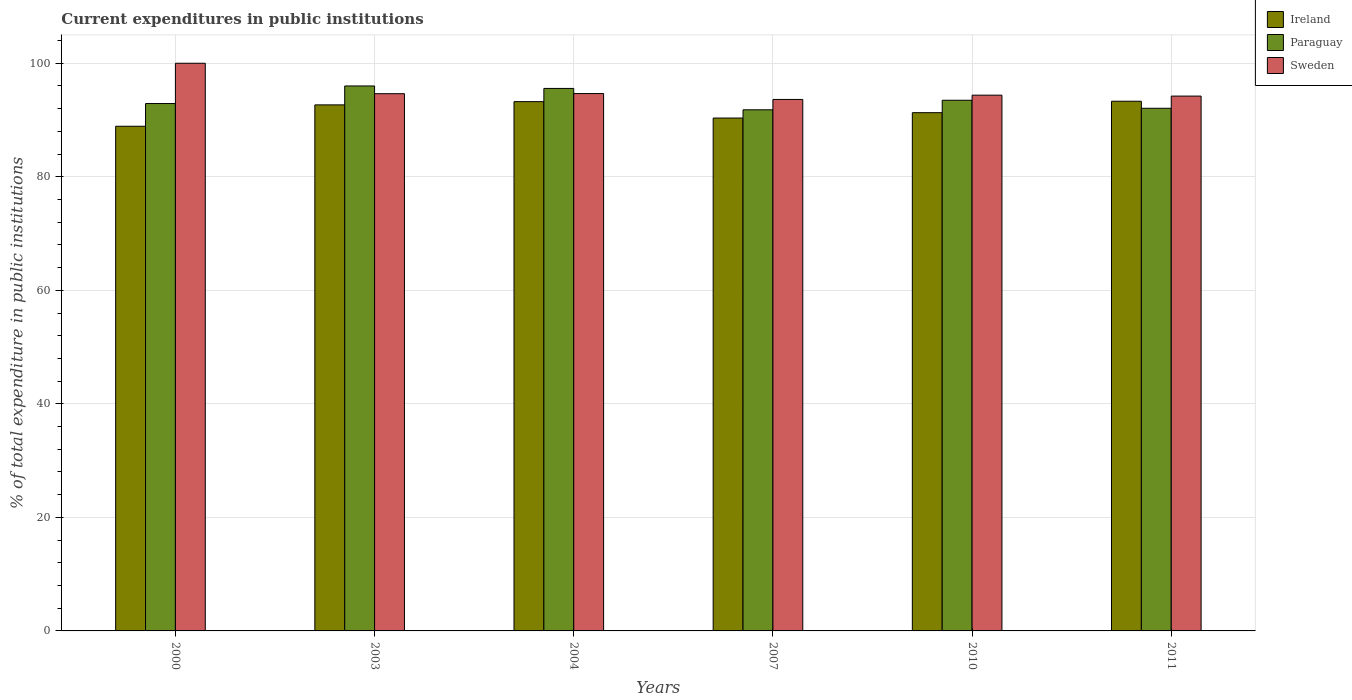
| Years | Ireland | Paraguay | Sweden |
 | --- | --- | --- | --- |
 | 2000 | 88.9 | 92.9 | 100 |
 | 2003 | 92.7 | 96 | 94.6 |
 | 2004 | 93.2 | 95.6 | 94.7 |
 | 2007 | 90.4 | 91.8 | 93.6 |
 | 2010 | 91.3 | 93.5 | 94.4 |
 | 2011 | 93.3 | 92.1 | 94.2 |